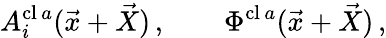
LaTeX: A_{i}^{\mathrm{cl}\, a}(\vec{x}+\vec{X})\, ,\qquad\Phi^{\mathrm{cl}\, a}(\vec{x}+\vec{X})\, ,